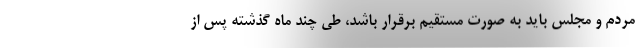
مردم و مجلس باید به صورت مستقیم برقرار باشد، طی چند ماه گذشته پس از